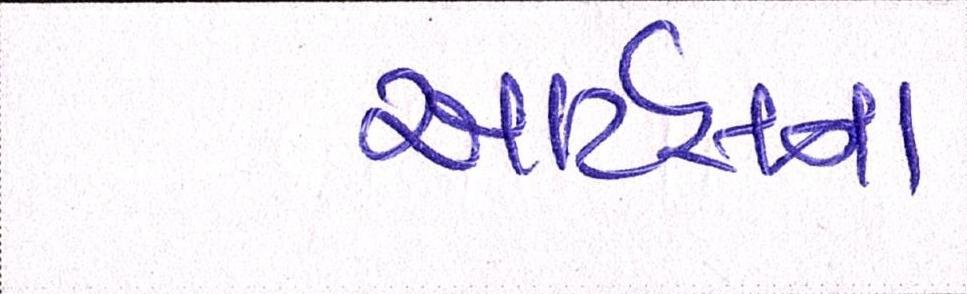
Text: આર્ટસના